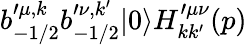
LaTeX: b_{-1/2}^{\prime\mu,k}b_{-1/2}^{\prime\nu,k^{\prime}}|0\rangle H_{kk^{\prime}}^{\prime\mu\nu}(p)